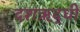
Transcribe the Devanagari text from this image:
दशऋद्धी